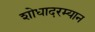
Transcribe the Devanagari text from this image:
शोधादरम्यान